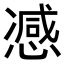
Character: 𢠔